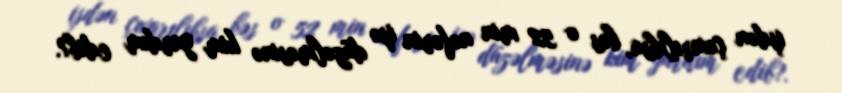
işdən çıxarılıbsa, bəs o 52 min nəfərin işə düzəlməsinə kim yardım edib?.